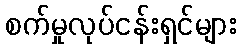
စက်မှုလုပ်ငန်းရှင်များ